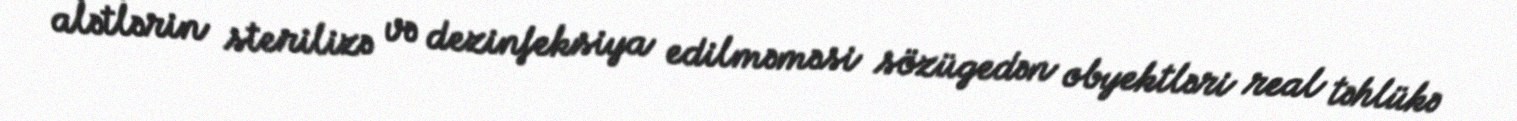
alətlərin sterilizə və dezinfeksiya edilməməsi sözügedən obyektləri real təhlükə